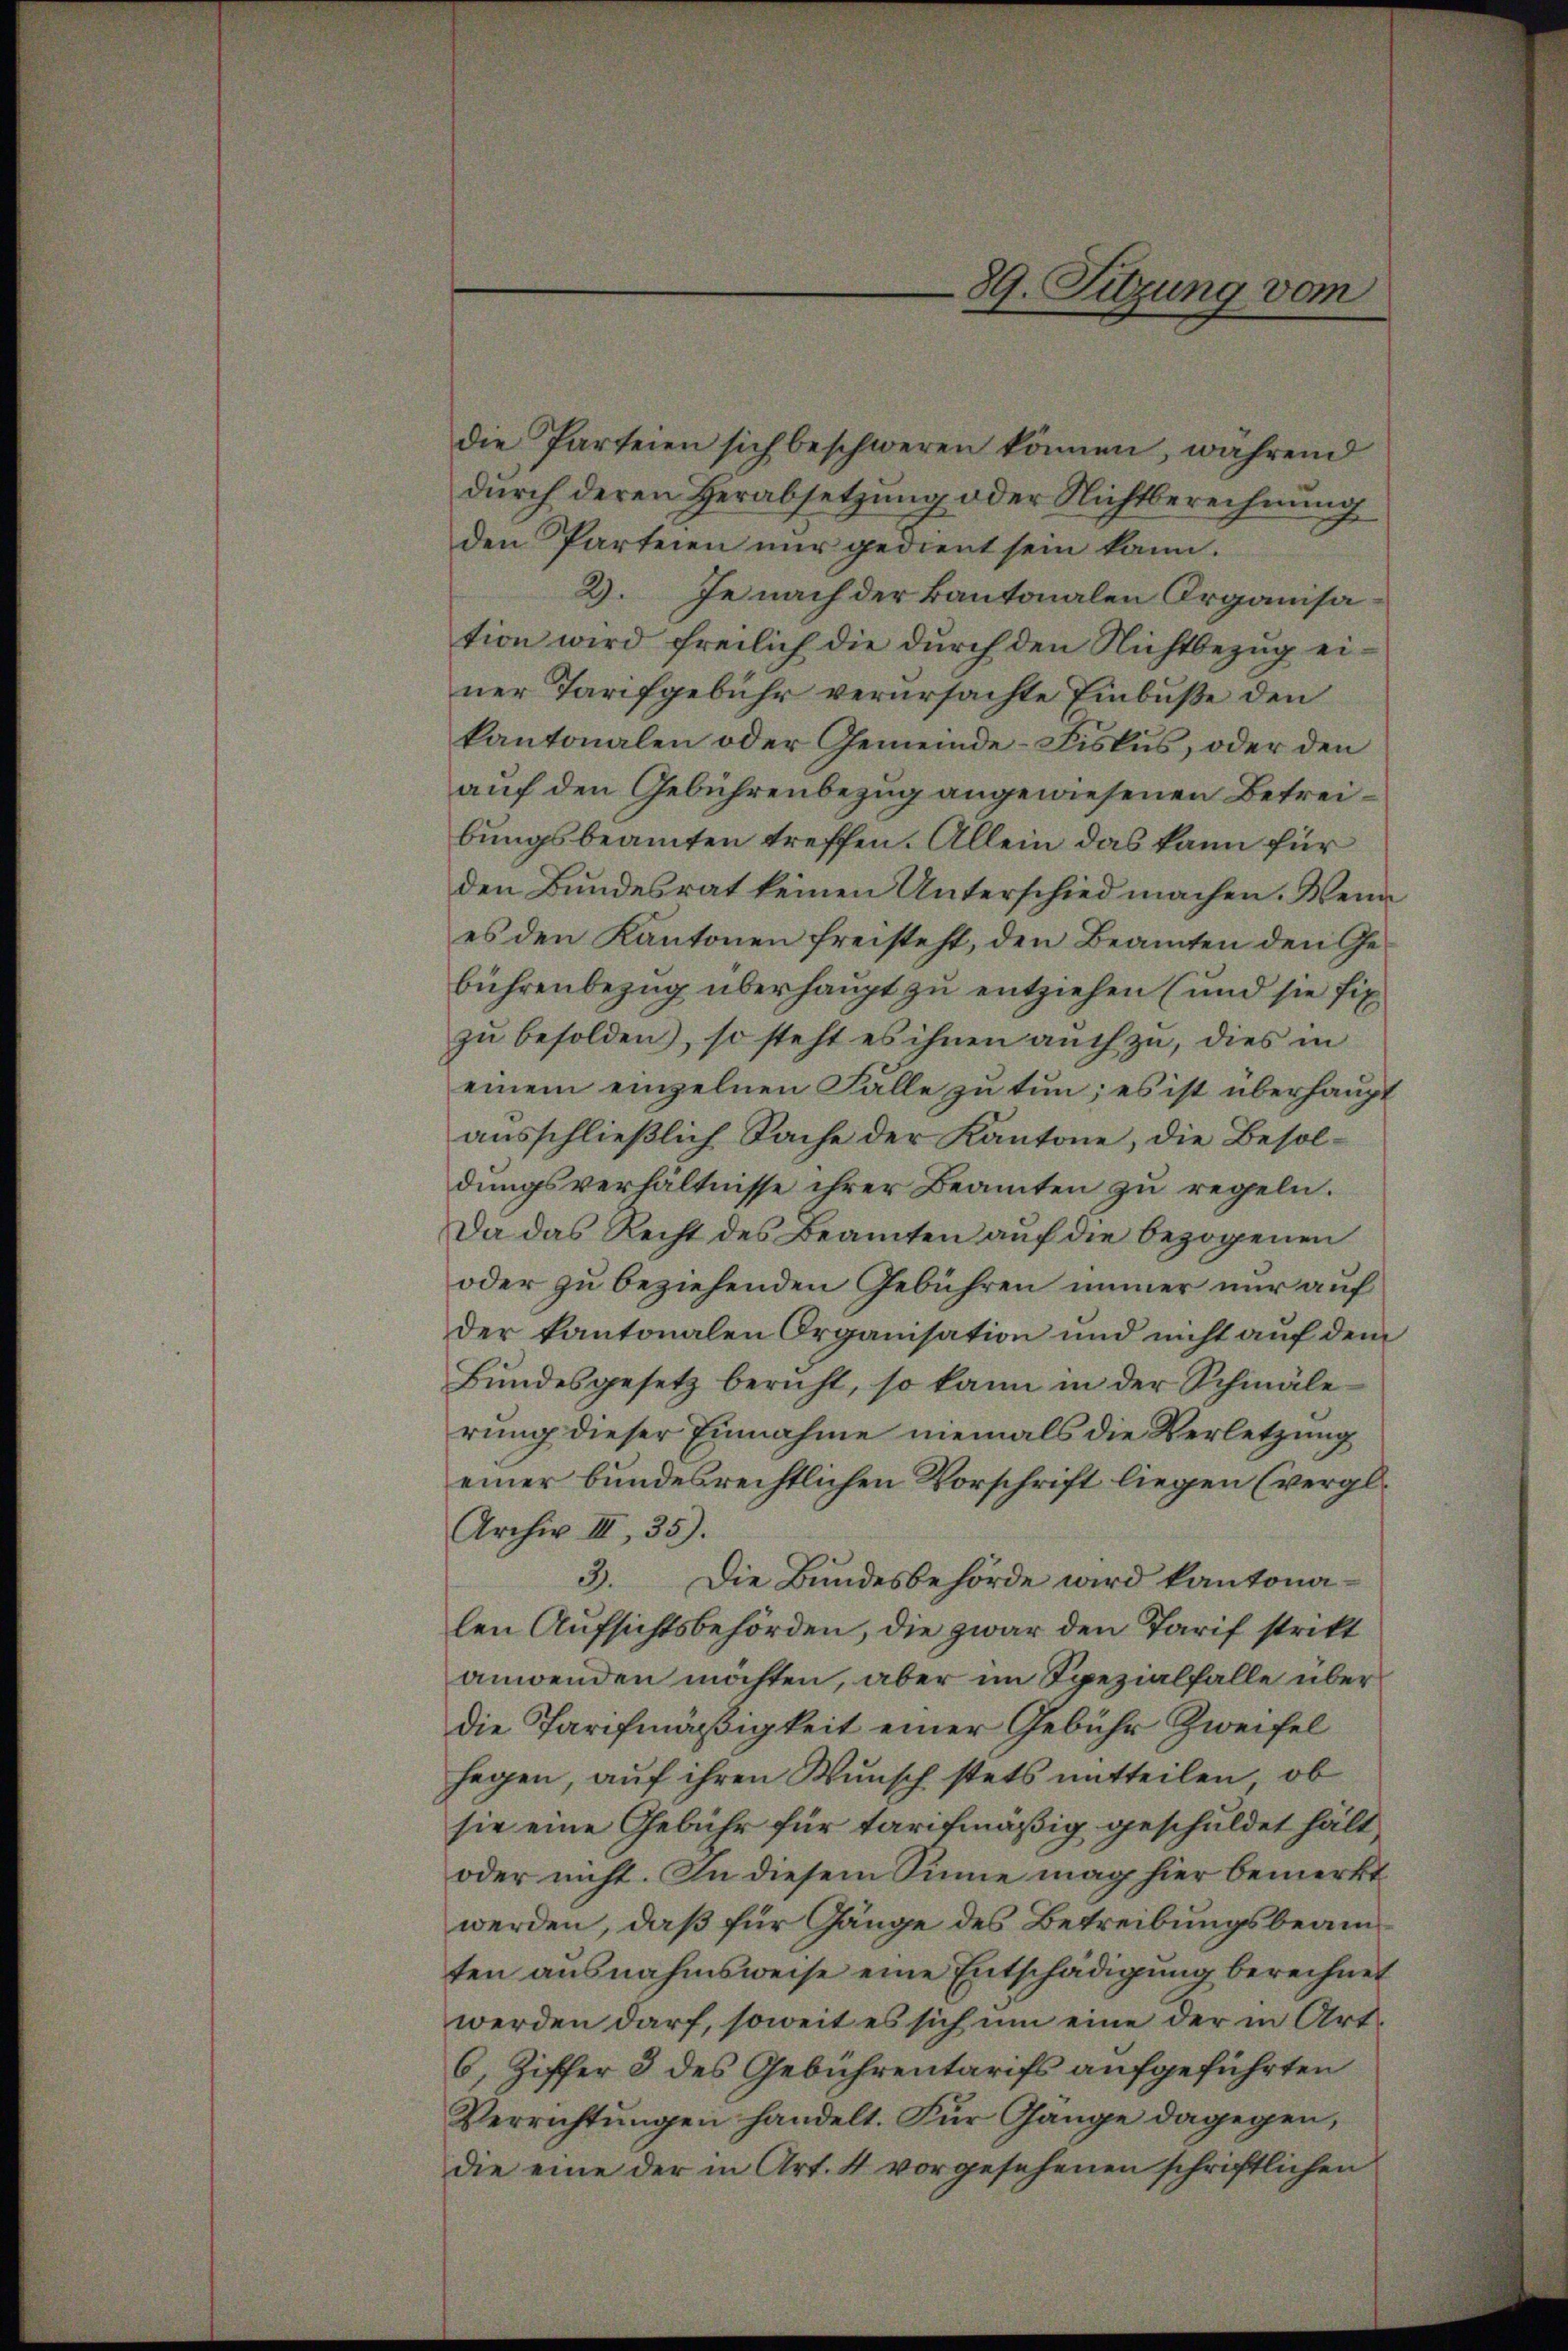
die Parteien sich beschweren können, während
durch deren Herabsetzung oder Nichtberechnung
den Parteien nur gedient sein kann.
2. Je nach der kantonalen Organisation wird freilich die durch den Nichtbezug einer Tarifgebühr verursachte Einbuße den
kantonalen oder Gemeinde-Fiskus, oder den
auf den Gebührenbezug angewiesenen Betreibungsbeamten treffen. Allein das kann für
den Bundesrat keinen Unterschied machen. Wenn
es den Kantonen freisteht, den Beamten den Gebührenbezug überhaupt zu entziehen (und sie fix
zu besolden), so steht es ihnen auch zu, dies in
einem einzelnen Falle zu tun, es ist überhaupt
ausschließlich Sache der Kantone, die Besoldungsverhältnisse ihrer Beamten zu regeln.
Da das Recht des Beamten auf die bezogenen
oder zu beziehenden Gebühren immer nur auf
der kantonalen Organisation und nicht auf dem
Bundesgesetz bericht, so kann in der Schmäle
rung dieser Einnahme niemals die Verletzung
einer bundesrechtlichen Vorschrift liegen (vergl.
Archiv III 35).
3.
Die Bundesbehörde wird kantonalen Aufsichtsbehörden, die zwar den Tarif strikt
anwenden möchten, aber im Spezialfalle überdie Tarifmäßigkeit einer Gebühr Zweifel
segen, auf ihren Wunsch stets mitteilen, ob
sie eine Gebühr für tarifmäßig geschuldet hält,
oder nicht. In diesem Sinne mag hier bemerkt
werden, daß für Gänge des Betreibungsbeamten ausnahmsweise eine Entschädigung berechnet
werden darf, soweit es sich um eine der in Art.
6, Ziffer 3 des Gebührentarifs aufgeführten
Verrichtungen handelt. Für Gange dagegen,
die eine der in Art. 4 vorgesehenen schriftlichen

89. Sitzung vom